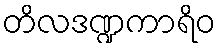
တိလဒဏ္ဍကာရိဝ